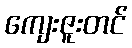
ကျေးဇူးတင်